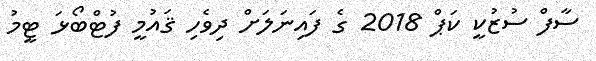
ސާފް ސުޒުކީ ކަޕް 2018 ގެ ފައިނަލަށް ދިވެހި ޤައުމީ ފުޓްބޯޅަ ޓީމު